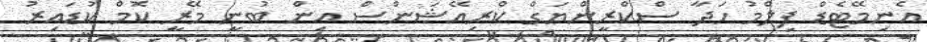
އެނިމޭޓެޑް ފިލްމު ހަދާ ސްކްރީންޔަގް ކްރިއޭޝަންސް އިން ބުނީ މޭރީ ކޮމް ކުޑައިރު